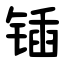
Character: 锸